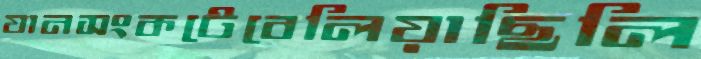
যানসংকটেবেলিয়াছিলি